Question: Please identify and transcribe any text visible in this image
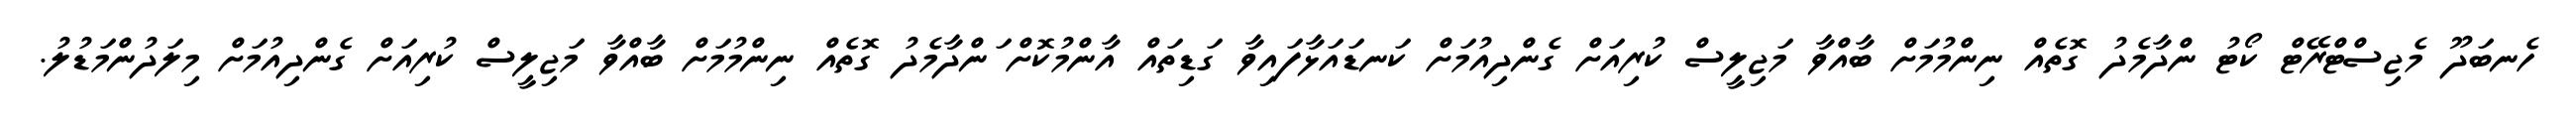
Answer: ހެނބަދޫ މެޖިސްޓްރޭޓް ކޯޓު ންދާމެދު ގޮތެއް ނިންމުމަށް ބާއްވާ މަޖިލީސް ކުރިއަށް ގެންދިއުމަށް ކަނޑައަޅާފައިވާ ގަޑިތައް އާންމުކޮށް ަންދާމެދު ގޮތެއް ނިންމުމަށް ބާއްވާ މަޖިލީސް ކުރިއަށް ގެންދިއުމަށް މިލަދުންމަޑުލު.